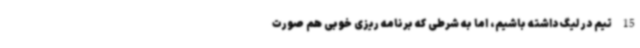
15 تیم در لیگ داشته باشیم، اما به شرطی که برنامه ریزی خوبی هم صورت